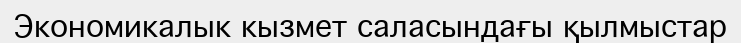
Экономикалык кызмет саласындағы қылмыстар